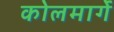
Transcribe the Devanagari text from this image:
कोलमार्गे